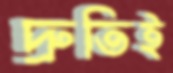
দ্রুতিই